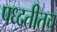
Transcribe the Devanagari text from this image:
पध्दतीतच